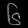
Digit: ၆